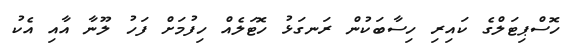
ހޮސްޕިޓަލްގެ ކައިރި ހިސާބަކުން ރަނގަޅު ހޮޓަލެއް ހިފުމަށް ފަހު ލޫނާ އާއި އެކު